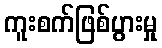
ကူးစက်ဖြစ်ပွားမှု